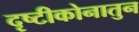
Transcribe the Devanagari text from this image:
दृष्टीकोनातुन